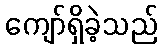
ကျော်ရှိခဲ့သည်